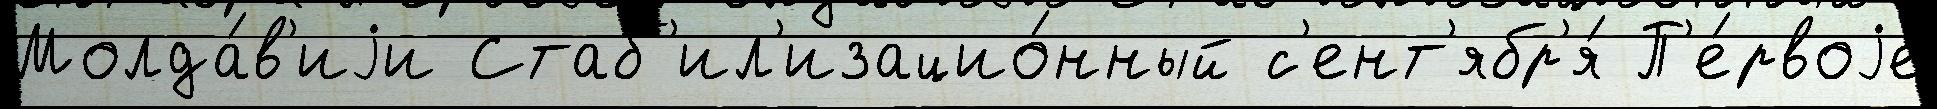
Молда́в'иjи Стаб'ил'изацио́нный с'ент'ябр'я́ П'е́рвоjе